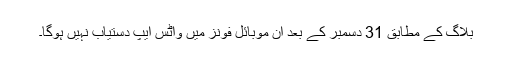
بلاگ کے مطابق 31 دسمبر کے بعد ان موبائل فونز میں واٹس ایپ دستیاب نہیں ہوگا۔